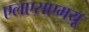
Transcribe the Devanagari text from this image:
एलएसएमयू